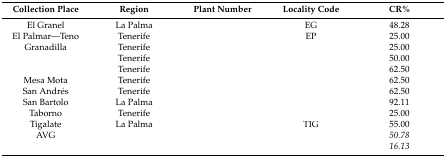
<table><thead><tr><td><b>Collection Place</b></td><td><b>Region</b></td><td><b>Plant Number</b></td><td><b>Locality Code</b></td><td><b>CR%</b></td></tr></thead><tbody><tr><td>El Granel</td><td>La Palma</td><td>[EMPTY_CELL]</td><td>EG</td><td>48.28</td></tr><tr><td>El Palmar—Teno</td><td>Tenerife</td><td>[EMPTY_CELL]</td><td>EP</td><td>25.00</td></tr><tr><td>Granadilla</td><td>Tenerife</td><td>[EMPTY_CELL]</td><td>[EMPTY_CELL]</td><td>25.00</td></tr><tr><td>[EMPTY_CELL]</td><td>Tenerife</td><td>[EMPTY_CELL]</td><td>[EMPTY_CELL]</td><td>50.00</td></tr><tr><td>[EMPTY_CELL]</td><td>Tenerife</td><td>[EMPTY_CELL]</td><td>[EMPTY_CELL]</td><td>62.50</td></tr><tr><td>Mesa Mota</td><td>Tenerife</td><td>[EMPTY_CELL]</td><td>[EMPTY_CELL]</td><td>62.50</td></tr><tr><td>San Andrés</td><td>Tenerife</td><td>[EMPTY_CELL]</td><td>[EMPTY_CELL]</td><td>62.50</td></tr><tr><td>San Bartolo</td><td>La Palma</td><td>[EMPTY_CELL]</td><td>[EMPTY_CELL]</td><td>92.11</td></tr><tr><td>Taborno</td><td>Tenerife</td><td>[EMPTY_CELL]</td><td>[EMPTY_CELL]</td><td>25.00</td></tr><tr><td>Tigalate</td><td>La Palma</td><td>[EMPTY_CELL]</td><td>TIG</td><td>55.00</td></tr><tr><td>AVG</td><td>[EMPTY_CELL]</td><td>[EMPTY_CELL]</td><td>[EMPTY_CELL]</td><td><i>50.78</i></td></tr><tr><td>[EMPTY_CELL]</td><td>[EMPTY_CELL]</td><td>[EMPTY_CELL]</td><td>[EMPTY_CELL]</td><td><i>16.13</i></td></tr></tbody></table>